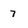
Character: 7